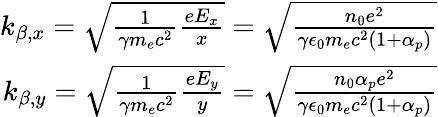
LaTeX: \begin{array}{r}{k_{\beta,x}=\sqrt{\frac{1}{\gamma m_{e}c^{2}}\frac{eE_{x}}{x}}=\sqrt{\frac{n_{0}e^{2}}{\gamma\epsilon_{0}m_{e}c^{2}(1+\alpha_{p})}}}\\ {k_{\beta,y}=\sqrt{\frac{1}{\gamma m_{e}c^{2}}\frac{eE_{y}}{y}}=\sqrt{\frac{n_{0}\alpha_{p}e^{2}}{\gamma\epsilon_{0}m_{e}c^{2}(1+\alpha_{p})}}}\end{array}